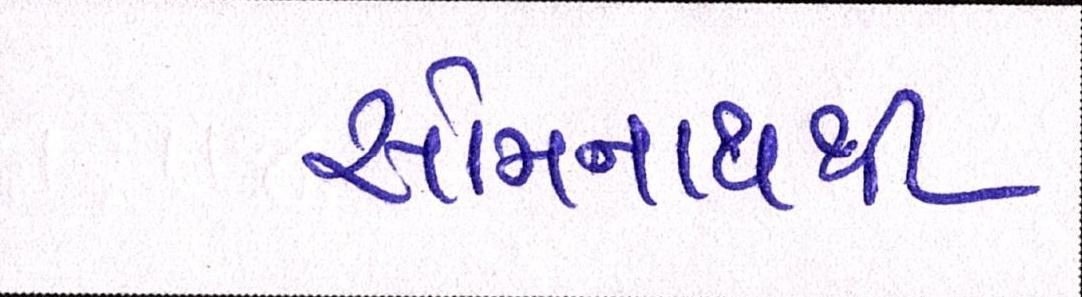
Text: સોમનાથથી